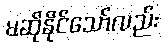
မဆိုနိုင်သော်လည်း